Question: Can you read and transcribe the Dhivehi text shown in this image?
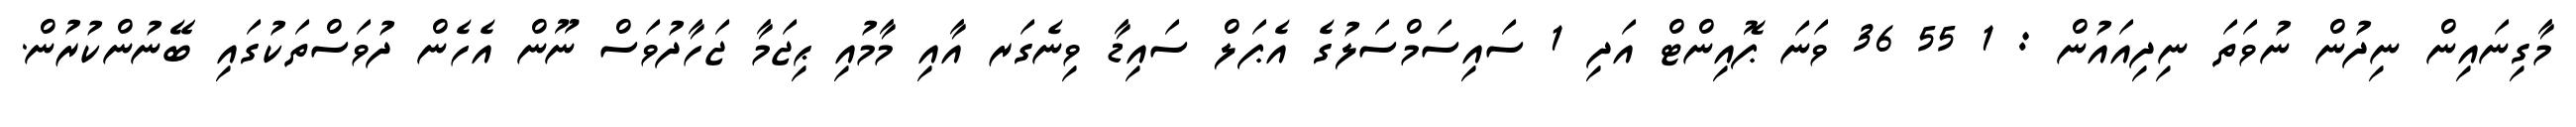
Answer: މާގިނައިން ނިދުން ނުވަތަ ނިދިއައުން : 1 55 36 ވަނަ ޕޮއިންޓް އަދި 1 ސައިސަމްސަލުގެ އެޕަލް ސައިޑާ ވިނެގަރ އާއި މާމުއި ޙިޖަމާ ޖަހާދުވަސް ނޫން އެހެން ދުވަސްތަކުގައި ބޭނުންކުރުން.